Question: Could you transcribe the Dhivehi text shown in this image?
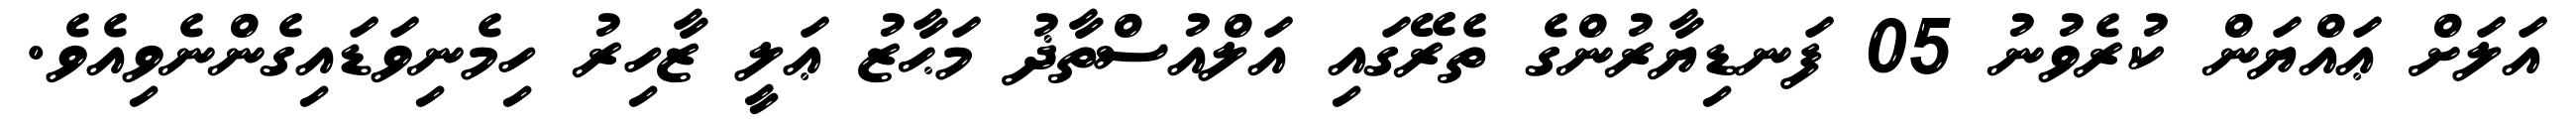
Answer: އަލަށް ޢައްޔަން ކުރެވުނު 05 ފަނޑިޔާރުންގެ ތެރޭގައި އަލްއުސްތާޛު މަޙާޒު ޢަލީ ޒާހިރު ހިމެނިވަޑައިގެންނެވިއެވެ.